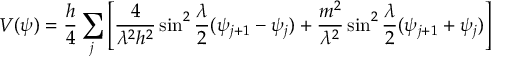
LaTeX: V ( \psi ) = \frac { h } { 4 } \sum _ { j } \left[ \frac { 4 } { \lambda ^ { 2 } h ^ { 2 } } \sin ^ { 2 } \frac { \lambda } { 2 } ( \psi _ { j + 1 } - \psi _ { j } ) + \frac { m ^ { 2 } } { \lambda ^ { 2 } } \sin ^ { 2 } \frac { \lambda } { 2 } ( \psi _ { j + 1 } + \psi _ { j } ) \right]